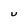
Character: U